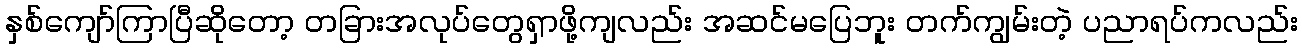
နှစ်ကျော်ကြာပြီဆိုတော့ တခြားအလုပ်တွေရှာဖို့ကျလည်း အဆင်မပြေဘူး တက်ကျွမ်းတဲ့ ပညာရပ်ကလည်း